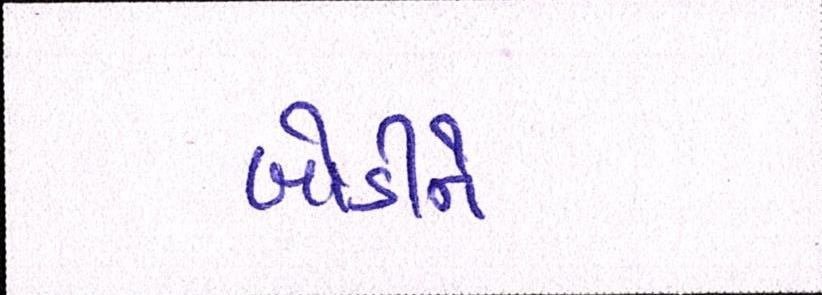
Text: બોડીને